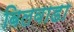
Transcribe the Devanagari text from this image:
बिलवाडा